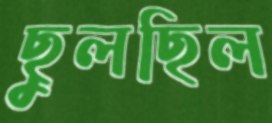
ছুলছিল